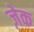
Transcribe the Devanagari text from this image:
ज़ेक